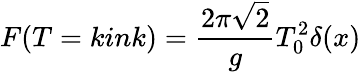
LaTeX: F(T=kink)=\frac{2\pi\sqrt{2}}{g}T_{0}^{2}\delta(x)